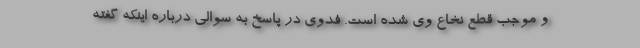
و موجب قطع نخاع وی شده است. فدوی در پاسخ به سوالی درباره اینکه گفته